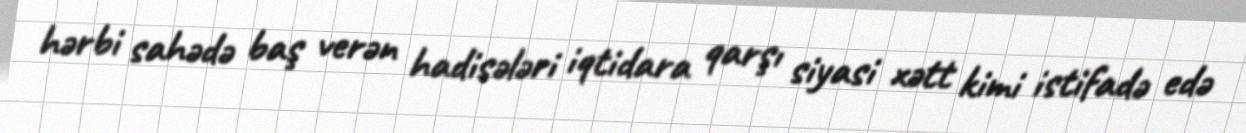
hərbi sahədə baş verən hadisələri iqtidara qarşı siyasi xətt kimi istifadə edə